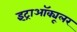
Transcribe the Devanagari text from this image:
इंट्राऑक्यूलर